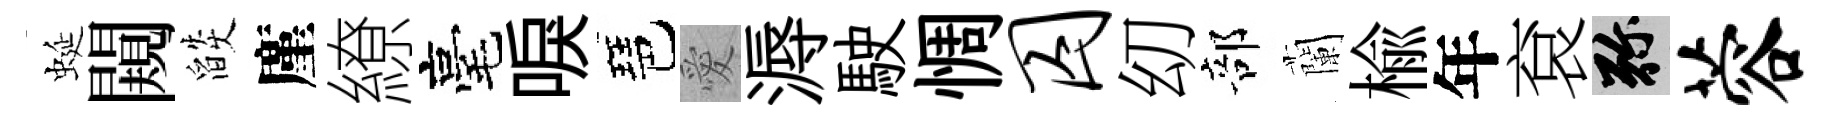
蜒闚燄廑繚毫唳琶愛溽駛惆囚㓜部蘭楡年袞弥蓉